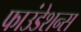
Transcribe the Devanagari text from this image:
फाउंडेशन्स